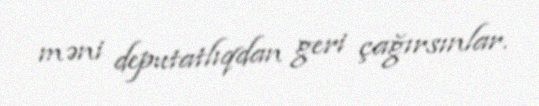
məni deputatlıqdan geri çağırsınlar.